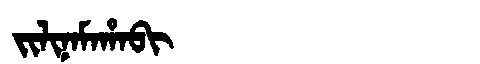
Manchu: ᠵᡳᠯᡳᠨᠠᠮᠠᡥᠠᠪᡳ
Romanization: JILINAMAHABI